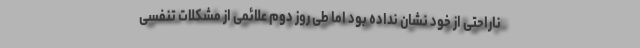
ناراحتی از خود نشان نداده بود اما طی روز دوم علائمی از مشکلات تنفسی